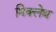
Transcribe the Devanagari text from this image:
मिक्लेथ